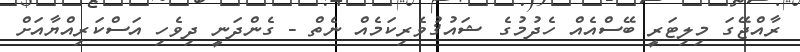
ރާއްޖޭގަ މިލިޓަރީ ބޭސްއެއް ހެދުމުގެ ޝައުޤުވެރިކަމެއް ނެތް - ގެންދަނީ ދިވެހި އަސްކަރިއްޔާއަށް